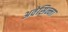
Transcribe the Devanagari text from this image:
अवेसिन्ना